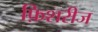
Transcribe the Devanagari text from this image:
फ़िशरीज